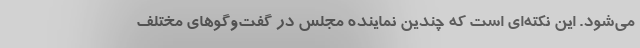
می‌شود. این نکته‌ای است که چندین نماینده مجلس در گفت‌وگوهای مختلف